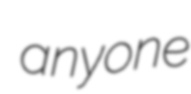
anyone